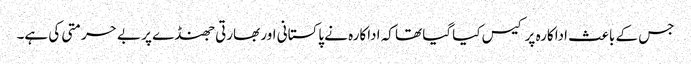
جس کے باعث اداکارہ پر کیس کیا گیا تھا کہ اداکارہ نے پاکستانی اور بھارتی جھنڈے پر بے حرمتی کی ہے۔